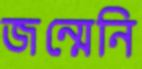
জন্মেনি